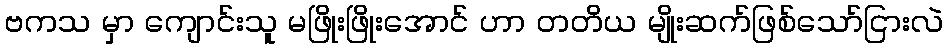
ဗကသ မှာ ကျောင်းသူ မဖြိုးဖြိုးအောင် ဟာ တတိယ မျိုးဆက်ဖြစ်သော်ငြားလဲ